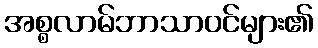
အစ္စလာမ်ဘာသာဝင်များ၏